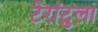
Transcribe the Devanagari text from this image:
टेरांटुला